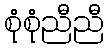
စုံစုံညီညီ